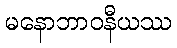
မနောဘာဝနီယဿ